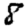
Digit: 8